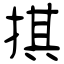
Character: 掑